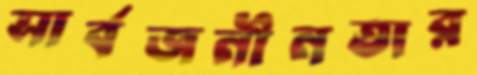
সার্বজনীনতার